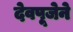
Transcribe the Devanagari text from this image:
देवपूजेने